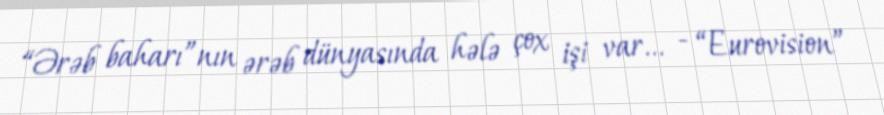
“Ərəb baharı”nın ərəb dünyasında hələ çox işi var... - “Eurovision”